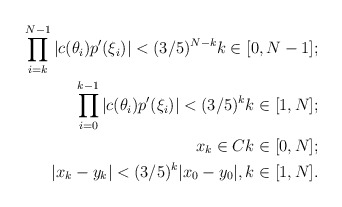
\begin{align*}\prod \limits^{N-1}_{i = k} |c(\theta_i)p'(\xi_i)| < (3/5)^{N - k} k \in [0, N - 1]; \\\prod \limits^{k-1}_{i = 0} |c(\theta_i)p'(\xi_i)| < (3/5)^{k} k \in [1, N]; \\x_k \in C k \in [0, N]; \\|x_k - y_k| < (3/5)^{k}|x_0 - y_0|, k \in [1, N].\end{align*}